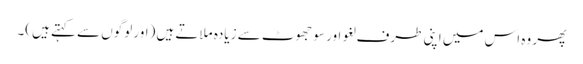
پھر وہ اس میں اپنی طرف لغو اور سو جھوٹ سے زیادہ ملاتے ہیں (اور لوگوں سے کہتے ہیں)۔